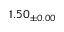
1 . 5 0 _ { \pm 0 . 0 0 }